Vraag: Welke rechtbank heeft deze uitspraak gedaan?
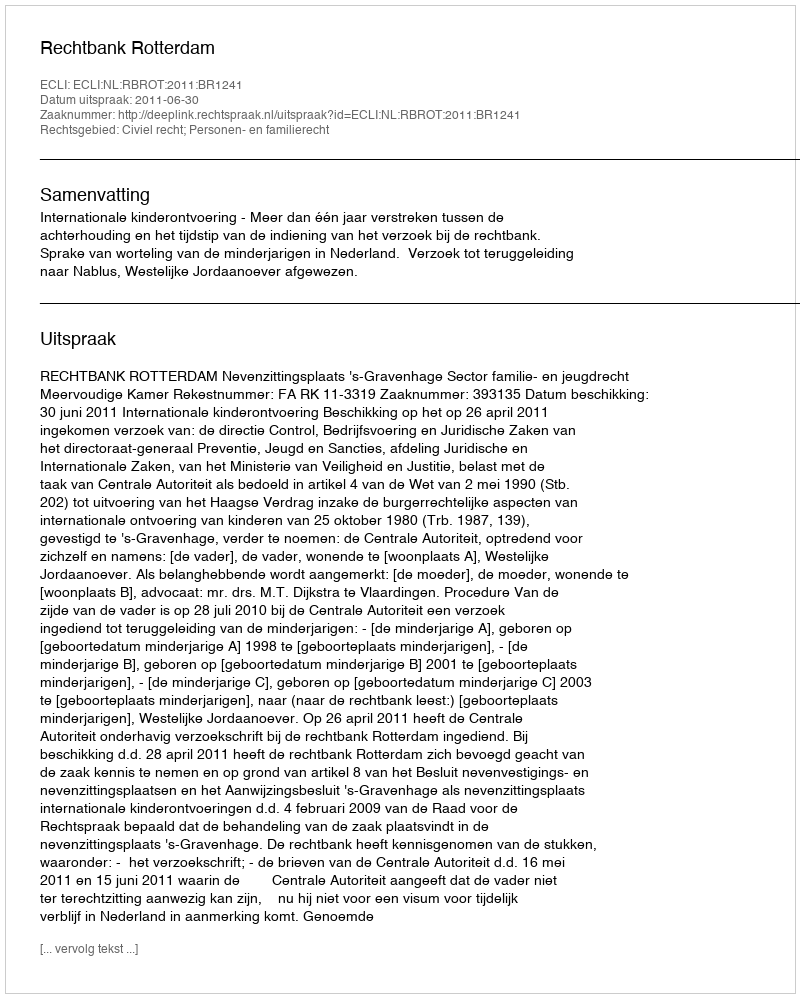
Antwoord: Rechtbank Rotterdam